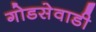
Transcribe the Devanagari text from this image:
गोडसेवाडी